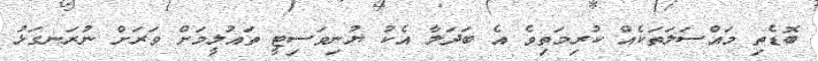
ބޮޑެތި މައްސަލަތަކެއް ކުރިމަތިވެ އެ ބަދަލާ އެކު ޔުނިވަސިޓީ ތައުލީމަށް ވަރަށް ނުރަނގަޅު